Annual report on the working of the lock hospitals in the Central Provinces
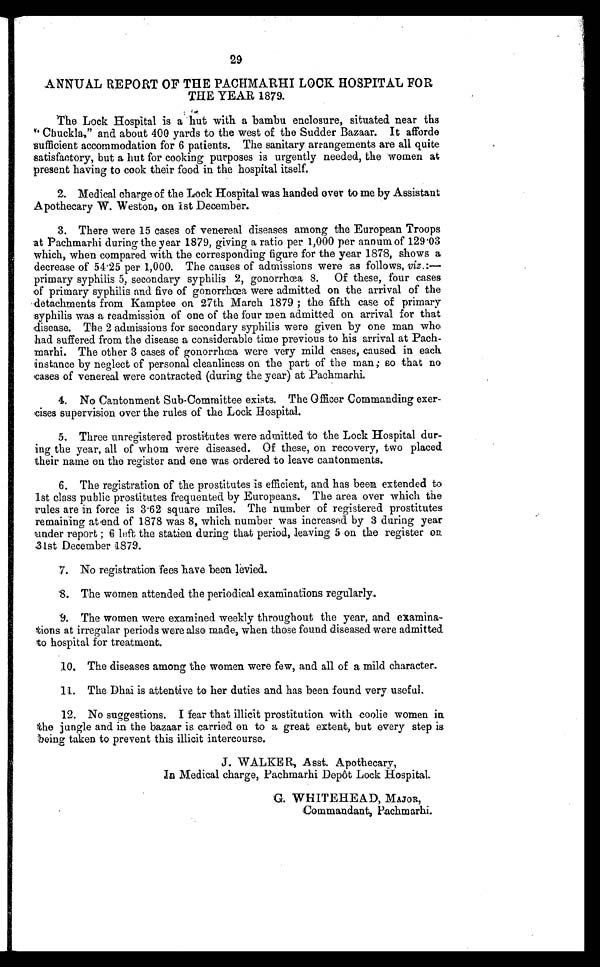
29
ANNUAL REPORT OF THE PACHMARHI LOCK HOSPITAL FOR
THE YEAR 1879.
The Lock Hospital is a hut with a bambu enclosure, situated near the
"Chuckla," and about 400 yards to the west of the Sudder Bazaar. It afforde
sufficient accommodation for 6 patients. The sanitary arrangements are all quite
satisfactory, but a hut for cooking purposes is urgently needed, the women at
present having to cook their food in the hospital itself.
2. Medical charge of the Lock Hospital was handed over to me by Assistant
Apothecary W. Weston, On 1st December.
3. There were 15 cases of venereal diseases among the European Troops
at Pachmarhi during the year 1879, giving a ratio per 1,000 per annum of 129.03
which, when compared with the corresponding figure for the year 1878, shows a
decrease of 54.25 per 1,000. The causes of admissions were as follows, viz.:—
primary syphilis 5, secondary syphilis 2, gonorrhœa 8. Of these, four cases
of primary syphilis and five of gonorrhœa were admitted on the arrival of the
detachments from Kamptee on 27th March 1879 the fifth case of primary
syphilis was a readmission of one of the four men admitted on arrival for that
disease. The 2 admissions for secondary syphilis were given by one man who
had suffered from the disease a considerable time previous to his arrival at Pach-
marhi. The other 3 cases of gonorrhœa were very mild cases, caused in each.
instance by neglect of personal cleanliness on the part of the man; so that no
cases of venereal were contracted (during the year) at Pachmarhi.
4. No Cantonment Sub-Committee exists. The Officer Commanding exer-
cises supervision over the rules of the Lock Hospital.
5. Three unregistered prostitutes were admitted to the Lock Hospital dur
-ing the year, all of whom were diseased. Of these, on recovery, two placed
their name on the register and one was ordered to leave cantonments.
6. The registration of the prostitutes is efficient, and has been extended to
1st class public prostitutes frequented by Europeans. The area over which the
rules are in force is 3.62 square miles. The number of registered prostitutes
remaining at end of 1878 was 8, which number was increased by 3 during year
kinder report ; 6 left the station during that period, leaving 5 on the register on
31st December 1879.
7. No registration fees have been levied.
8. The women attended the periodical examinations regularly.
9. The women were examined weekly throughout the year, and examina-
tions at irregular periods were also made, when those found diseased were admitted
to hospital for treatment.
10. The diseases among the women were few, and all of a mild character
.
11. The Dhai is attentive to her duties and has been found very useful
.
12. No suggestions. I fear that illicit prostitution with coolie women in
the jungle and in the bazaar is carried on to a great extent, but every step is
being taken to prevent this illicit intercourse.
J. WALKER, Asst. Apothecary,
In Medical charge, Pachmarhi Depôt Lock Hospital.
G. WHITEHEAD, MAJOR,
Commandant, Pachmarhi.